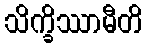
သိက္ခိဿာမီတိ